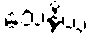
သေနိယံ